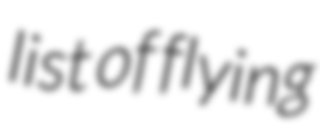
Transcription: list of flying